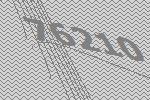
76210